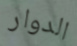
الدوار